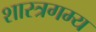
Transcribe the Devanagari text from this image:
शास्त्रगम्य